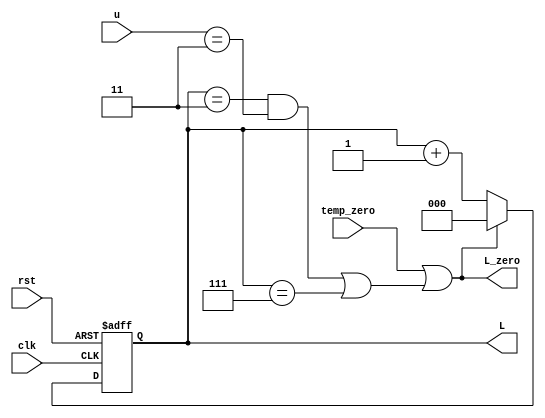
module L_count_L17(L_zero,L,clk,rst,temp_zero,u);
input clk,rst,temp_zero;
input [2:0] u;
output reg [2:0] L;
output wire L_zero;
always @ (posedge clk or negedge rst)
	begin
		if (! rst ) 
			L<=0; 
		else if (temp_zero||((L==3&&(u==3))|| L==7))
			 L<=0; 			
		else 
			L<=L+3'b01;   
	end
assign L_zero=(temp_zero||((L==3&&(u==3))|| L==7)) ;

endmodule